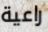
راعية